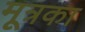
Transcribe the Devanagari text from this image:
मूत्रका